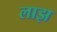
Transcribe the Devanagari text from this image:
लाझ